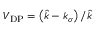
V _ { \mathrm { D P } } = \left( \hat { k } - k _ { \sigma } \right) / \hat { k }